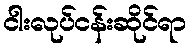
ငါးလုပ်ငန်းဆိုင်ရာ